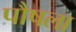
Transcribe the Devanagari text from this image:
पौषला